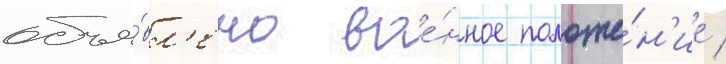
объя́вл'ено вое́нное положе́н'ие /